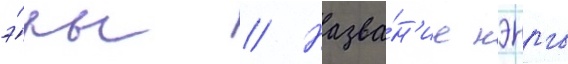
э́ры // Назва́н'ие нэнго